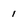
Character: i